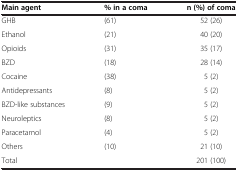
<table><thead><tr><td><b>Main agent</b></td><td><b>% in a coma</b></td><td><b>n (%) of coma</b></td></tr></thead><tbody><tr><td>GHB</td><td>(61)</td><td>52 (26)</td></tr><tr><td>Ethanol</td><td>(21)</td><td>40 (20)</td></tr><tr><td>Opioids</td><td>(31)</td><td>35 (17)</td></tr><tr><td>BZD</td><td>(18)</td><td>28 (14)</td></tr><tr><td>Cocaine</td><td>(38)</td><td>5 (2)</td></tr><tr><td>Antidepressants</td><td>(8)</td><td>5 (2)</td></tr><tr><td>BZD-like substances</td><td>(9)</td><td>5 (2)</td></tr><tr><td>Neuroleptics</td><td>(8)</td><td>5 (2)</td></tr><tr><td>Paracetamol</td><td>(4)</td><td>5 (2)</td></tr><tr><td>Others</td><td>(10)</td><td>21 (10)</td></tr><tr><td>Total</td><td> </td><td>201 (100)</td></tr></tbody></table>